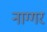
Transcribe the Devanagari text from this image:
नाग्गर